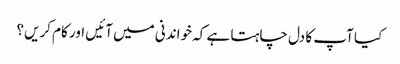
کیا آپ کا دل چاہتا ہے کہ خواندنی میں آئیں اور کام کریں؟